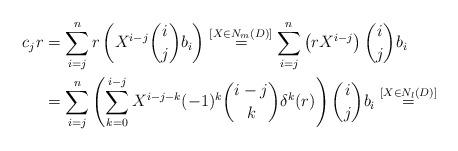
LaTeX: \begin{align*}c_j r &= \sum_{i=j}^n r \left( X^{i-j} {i \choose j} b_i \right) \stackrel{[X \in N_m(D)]}{=}\sum_{i=j}^n \left( r X^{i-j} \right) {i \choose j} b_i \\&=\sum_{i=j}^n \left( \sum_{k=0}^{i-j} X^{i-j-k} (-1)^k {i-j \choose k} \delta^k(r) \right) {i \choose j} b_i \stackrel{[X \in N_l(D)]}{=} \\\end{align*}